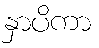
နှာပိကာ